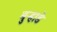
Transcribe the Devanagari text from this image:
बुऱ्हाडे